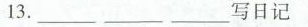
13._____________写日记